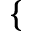
\{